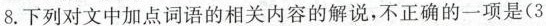
8.下列对文中加点词语的相关内容的解说，不正确的一项是(3